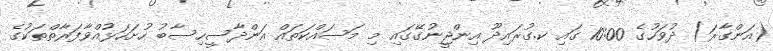
(އަންގާރަ) ދުވަހުގެ 10:00 ގައި ކ.ގުރައިދޫ އިންޖީނުގޭގައި މި މަސައްކަތައް އަންދާސީހިސާބު ހުށަހަޅުއްވާފަރާތްތަކުގެ